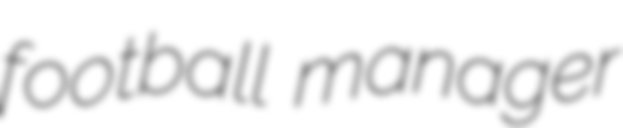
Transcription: football manager